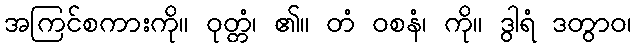
အကြင်စကားကို။ ဝုတ္တံ၊ ၏။ တံ ဝစနံ၊ ကို။ ဒွါရံ ဒတွာဝ၊